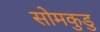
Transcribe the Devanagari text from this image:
सोमकुडु